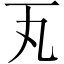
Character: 𪜂